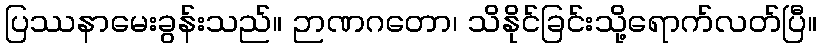
ပြဿနာမေးခွန်းသည်။ ဉာဏဂတော၊ သိနိုင်ခြင်းသို့ရောက်လတ်ပြီ။